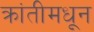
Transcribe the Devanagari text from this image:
क्रांतीमधून